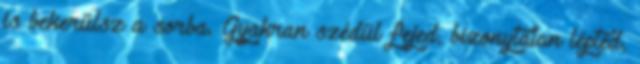
is bekerülsz a sorba. Gyakran szédül fejed, bizonytalan lépted,